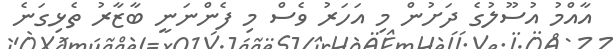
އާއްމު އުސޫލުގެ ދަށުން މި އަހަރު ވެސް މި ފެންނަނީ ބާޒާރު ތެޅިގަނެ